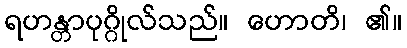
ရဟန္တာပုဂ္ဂိုလ်သည်။ ဟောတိ၊ ၏။